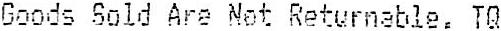
GOODS SOLD ARE NOT RETURNABLE. TQ